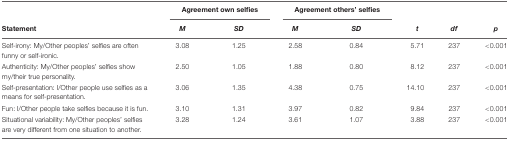
<table><thead><tr><td></td><td colspan="2"><b>Agreement own selfies</b></td><td colspan="2"><b>Agreement others’ selfies</b></td><td></td><td></td><td></td></tr><tr><td><b>Statement</b></td><td><b><i>M</i></b></td><td><b><i>SD</i></b></td><td><b><i>M</i></b></td><td><b><i>SD</i></b></td><td><b><i>t</i></b></td><td><b><i>df</i></b></td><td><b><i>p</i></b></td></tr></thead><tbody><tr><td>Self-irony: My/Other peoples’ selfies are often funny or self-ironic.</td><td>3.08</td><td>1.25</td><td>2.58</td><td>0.84</td><td>5.71</td><td>237</td><td>&lt;0.001</td></tr><tr><td>Authenticity: My/Other peoples’ selfies show my/their true personality.</td><td>2.50</td><td>1.05</td><td>1.88</td><td>0.80</td><td>8.12</td><td>237</td><td>&lt;0.001</td></tr><tr><td>Self-presentation: I/Other people use selfies as a means for self-presentation.</td><td>3.06</td><td>1.35</td><td>4.38</td><td>0.75</td><td>14.10</td><td>237</td><td>&lt;0.001</td></tr><tr><td>Fun: I/Other people take selfies because it is fun.</td><td>3.10</td><td>1.31</td><td>3.97</td><td>0.82</td><td>9.84</td><td>237</td><td>&lt;0.001</td></tr><tr><td>Situational variability: My/Other peoples’ selfies are very different from one situation to another.</td><td>3.28</td><td>1.24</td><td>3.61</td><td>1.07</td><td>3.88</td><td>237</td><td>&lt;0.001</td></tr></tbody></table>